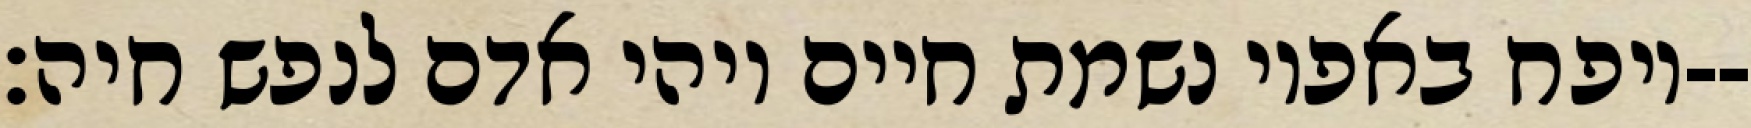
ויפח באפיו נשמת חיים ויהי אדם לנפש חיה׃--